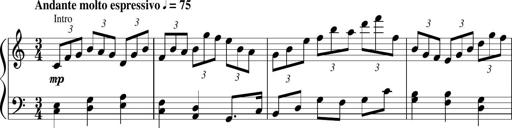
Title: Sonatina in F major
Composer: Ethan Ngo
Key: F major